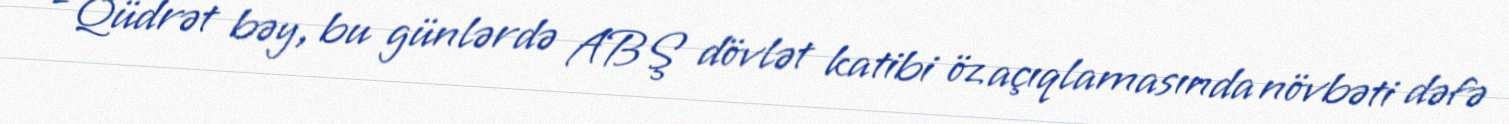
- Qüdrət bəy, bu günlərdə ABŞ dövlət katibi öz açıqlamasında növbəti dəfə